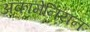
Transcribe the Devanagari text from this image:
अकामेनियन